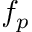
f _ { p }